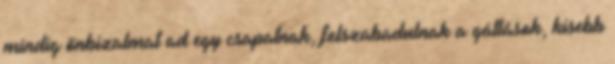
mindig önbizalmat ad egy csapatnak, felszabadulnak a gátlások, kisebb